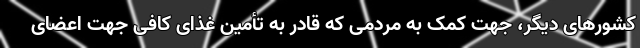
کشورهای دیگر، جهت کمک به مردمی که قادر به تأمین غذای کافی جهت اعضای